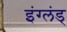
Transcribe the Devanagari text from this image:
इंग्लंड्